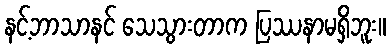
နင့်ဘာသာနင် သေသွားတာက ပြဿနာမရှိဘူး။